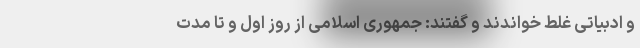
و ادبیاتی غلط خواندند و گفتند: جمهوری اسلامی از روز اول و تا مدت